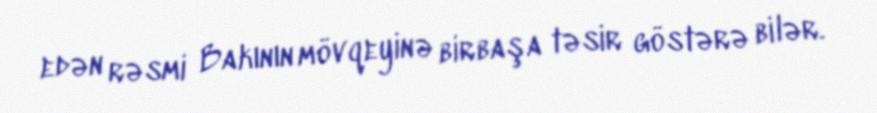
edən rəsmi Bakının mövqeyinə birbaşa təsir göstərə bilər.